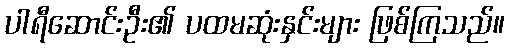
ပါရီဆောင်းဦး၏ ပထမဆုံးနှင်းများ ဖြစ်ကြသည်။